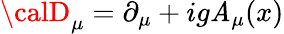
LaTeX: {\calD}_{\mu}=\partial_{\mu}+ig\mathit{A}_{\mu}(x)